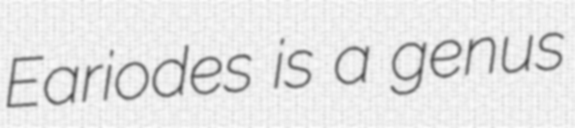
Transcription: Eariodes is a genus